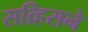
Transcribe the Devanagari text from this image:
सव्र्हिसने